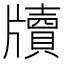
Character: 牘